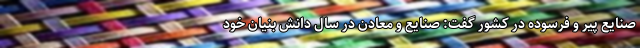
صنایع پیر و فرسوده در کشور گفت: صنایع و معادن در سال دانش بنیان خود